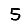
Digit: 5